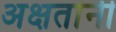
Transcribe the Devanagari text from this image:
अक्षतांनी